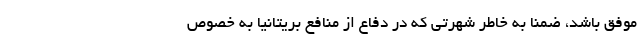
موفق باشد، ضمنا به خاطر شهرتی که در دفاع از منافع بریتانیا به خصوص